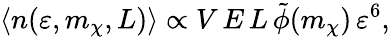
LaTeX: \langle n(\varepsilon,m_{\chi},L)\rangle\propto V\, E\, L\, \tilde{\phi}(m_{\chi})\, \varepsilon^{6},